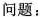
问题：